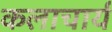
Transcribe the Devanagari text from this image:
कलाचार्य